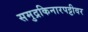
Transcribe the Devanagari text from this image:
समुद्रकिनारपट्टीवर